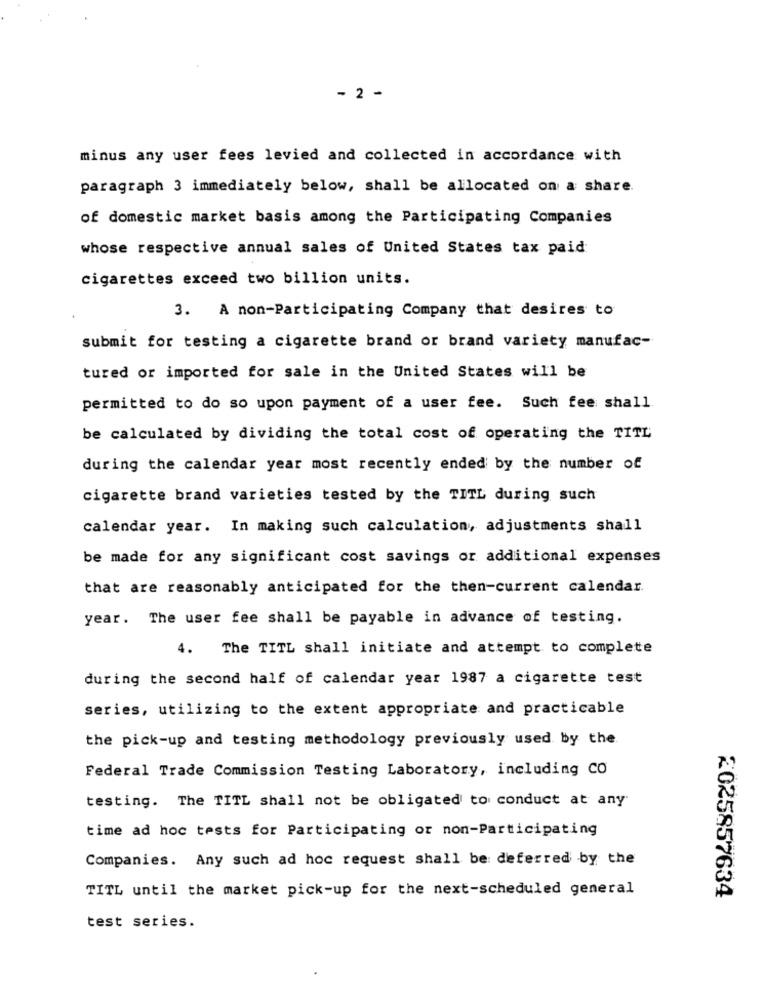
- 2 -
minus any user fees levied and collected in accordance with
paragraph 3 immediately below, shall be allocated on a share.
of domestic market basis among the Participating Companies
whose respective annual sales of United States tax paid
cigarettes exceed two billion units.
3. A non-Participating Company that desires to
submit for testing a cigarette brand or brand variety manufac-
tured or imported for sale in the United States will be
permitted to do so upon payment of a user fee. Such fee shall
be calculated by dividing the total cost of operating the TITL
during the calendar year most recently ended by the number of
cigarette brand varieties tested by the TITL during such
calendar year. In making such calculation, adjustments shall
be made for any significant cost savings or additional expenses
that are reasonably anticipated for the then-current calendar.
year. The user fee shall be payable in advance of testing.
4. The TITL shall initiate and attempt to complete
during the second half of calendar year 1987 a cigarette test
series, utilizing to the extent appropriate and practicable
the pick-up and testing methodology previously used by the
Federal Trade Commission Testing Laboratory, including CO
testing. The TITL shall not be obligated to conduct at any
time ad hoc tests for Participating or non-Participating
Companies. Any such ad hoc request shall be: deferred by the
TITL until the market pick-up for the next-scheduled general
2025857634
test series.